Annual report on the mental hospital in the Central Provinces and Berar (Nagpur) - 1927-1951
Year: 1927
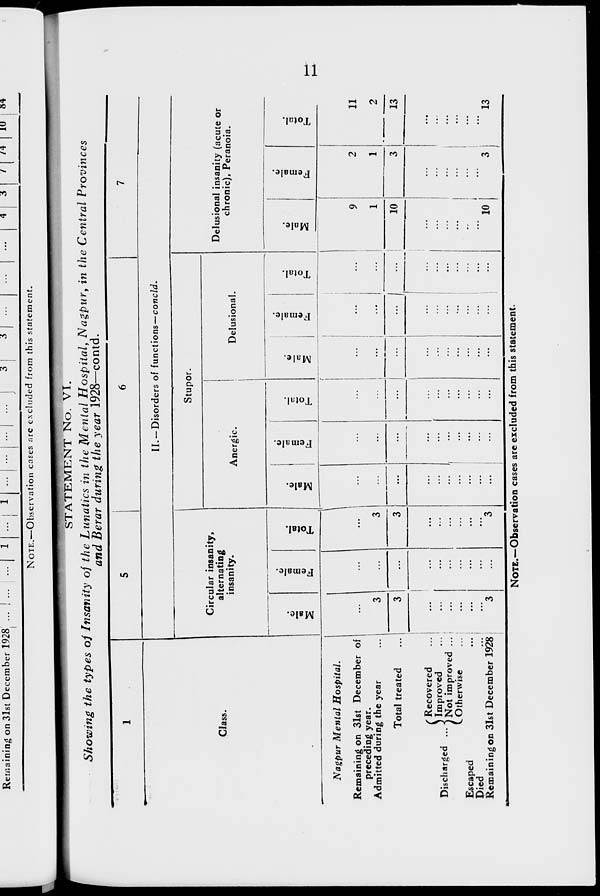
11
STATEMENT No. VI.
Showing the types of Insanity of the Lunatics in the Mental Hospital, Nagpur, in the Central Provinces
and Berar during the year 1928—contd.
1
Class.
Nagpur Mental
Hospital.
Remaining on 31st December of
preceding year.
Admitted during the year ...
Total treated ...
Discharged ...
Recovered ...
Improved ...
Not improved ...
Otherwise ...
Escaped ...
Died ...
Remaining on 31st December 1928
5
6
7
II. —Disorders of functions—concld.
Circular insanity,
alternating
insanity.
Male.
...
3
3
...
...
...
...
...
...
3
Female.
...
...
...
...
...
...
...
...
...
...
Total.
...
3
3
...
...
...
...
...
...
3
Stupor.
Anergic.
Male.
...
...
...
...
...
...
...
...
...
...
Female.
...
...
...
...
...
...
...
...
...
...
Total.
...
...
...
...
...
...
...
...
...
...
Delusional.
Male.
...
...
...
...
...
...
...
...
...
...
Female.
...
...
...
...
...
...
...
...
...
...
Total.
...
...
...
...
...
...
...
...
...
...
Delusional insanity (acute or
chronic), Peranoia.
Male.
9
1
10
...
...
...
...
...
...
10
Female.
2
1
3
...
...
...
...
...
...
3
Total.
11
2
13
...
...
...
...
...
...
13
NOTE.—Observation cases are excluded from this statement.